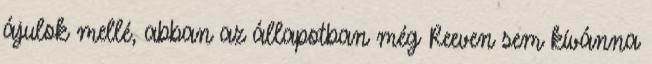
ájulok mellé, abban az állapotban még Reeven sem kívánna